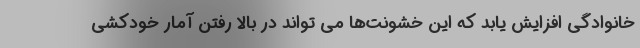
خانوادگی افزایش یابد که این خشونت‌ها می تواند در بالا رفتن آمار خودکشی